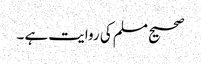
صحیح مسلم کی روایت ہے ۔